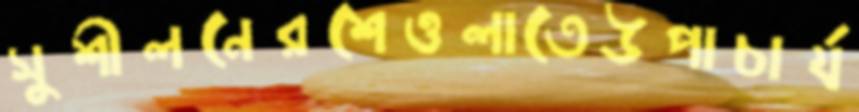
সুশীলনেরশেওলাতেউপাচার্য